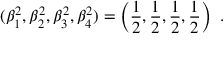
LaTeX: ( \beta _ { 1 } ^ { 2 } , \beta _ { 2 } ^ { 2 } , \beta _ { 3 } ^ { 2 } , \beta _ { 4 } ^ { 2 } ) = \left( \frac { 1 } { 2 } , \frac { 1 } { 2 } , \frac { 1 } { 2 } , \frac { 1 } { 2 } \right) \ .